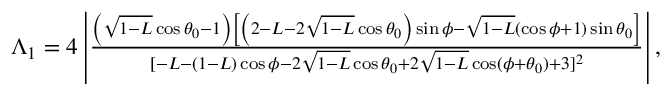
\begin{array} { r } { \Lambda _ { 1 } = 4 \left| \frac { \left( \sqrt { 1 - L } \cos \theta _ { 0 } - 1 \right) \left[ \left( 2 - L - 2 \sqrt { 1 - L } \cos \theta _ { 0 } \right) \sin \phi - \sqrt { 1 - L } ( \cos \phi + 1 ) \sin \theta _ { 0 } \right] } { [ - L - ( 1 - L ) \cos \phi - 2 \sqrt { 1 - L } \cos \theta _ { 0 } + 2 \sqrt { 1 - L } \cos ( \phi + \theta _ { 0 } ) + 3 ] ^ { 2 } } \right| , } \end{array}